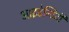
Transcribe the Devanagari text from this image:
आइडेन्टिटी